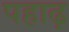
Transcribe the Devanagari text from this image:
पहाढ़